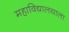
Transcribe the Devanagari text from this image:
महाविद्यालयाला